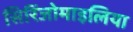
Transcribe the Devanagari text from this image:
सिरिंजोमाइलिया